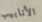
الأنابيب